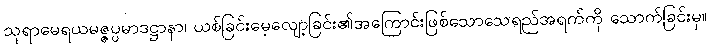
သုရာမေရယမဇ္ဇပ္ပမာဒဋ္ဌာနာ၊ ယစ်ခြင်းမေ့လျော့ခြင်း၏အကြောင်းဖြစ်သောသေရည်အရက်ကို သောက်ခြင်းမှ။